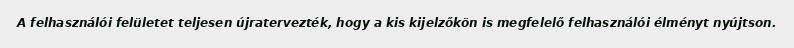
A felhasználói felületet teljesen újratervezték, hogy a kis kijelzőkön is megfelelő felhasználói élményt nyújtson.